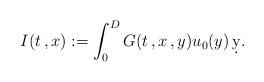
LaTeX: \begin{align*}I(t\,, x) := \int_0^D G(t\,,x\,,y) u_0(y)\,\d y.\end{align*}